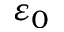
\varepsilon _ { 0 }